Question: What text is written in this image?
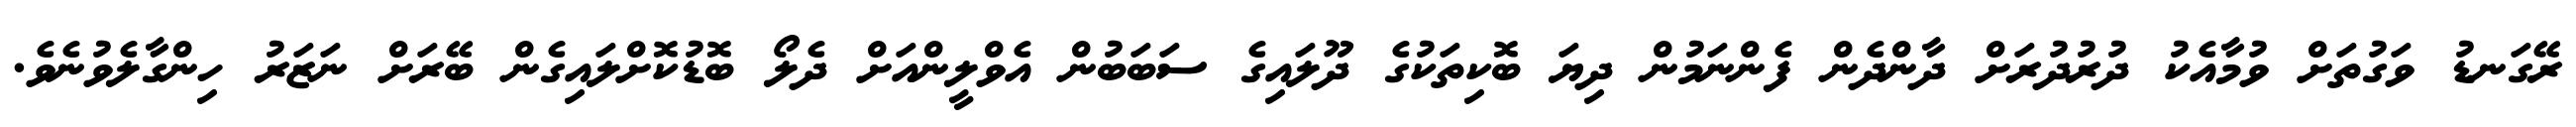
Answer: ރޭގަނޑު ވަގުތަށް ވުމާއެކު ދުރުދުރަށް ދާންދެން ފެންނަމުން ދިޔަ ބޮކިތަކުގެ ދޫލައިގެ ސަބަބުން އެވްލީންއަށް ދެލޯ ބޮޑުކޮށްލައިގެން ބޭރަށް ނަޒަރު ހިންގާލެވުނެވެ.